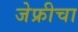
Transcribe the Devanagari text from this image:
जेफ्रीचा